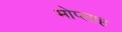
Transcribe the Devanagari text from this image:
मोप्लाह